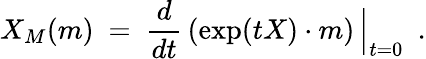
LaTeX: X_{M}(m)~=~{\frac{d}{dt}}\, (\exp(tX)\cdot m)\, \Big|_{t=0}~~.